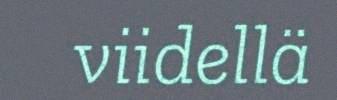
viidellä